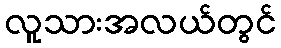
လူသားအလယ်တွင်